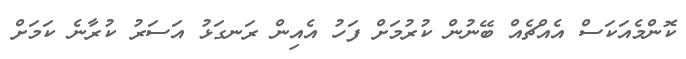
ކޮންމެއަކަސް އެއްޗެއް ބޭނުން ކުރުމަށް ފަހު އެއިން ރަނގަޅު އަސަރު ކުރާނެ ކަމަށް